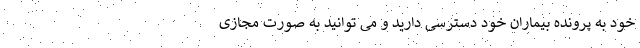
خود به پرونده بیماران خود دسترسی دارید و می توانید به صورت مجازی